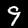
Digit: 9